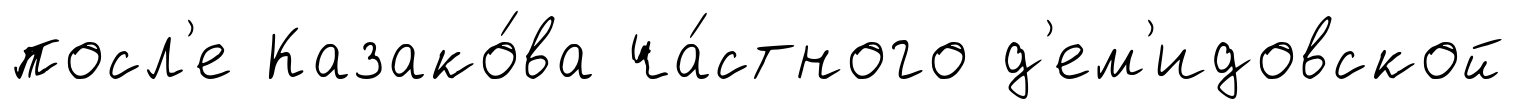
посл'е Казако́ва ча́стного д'ем'идовской